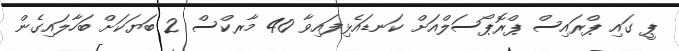
ޕީ ގައި ޕްރައިސް ޕްރޮޕޯސަލްއަށް ކަނޑައެޅިފައިވާ 40 މާރކްސް 2 ބަޔަކަށް ބަހާލައިގެން